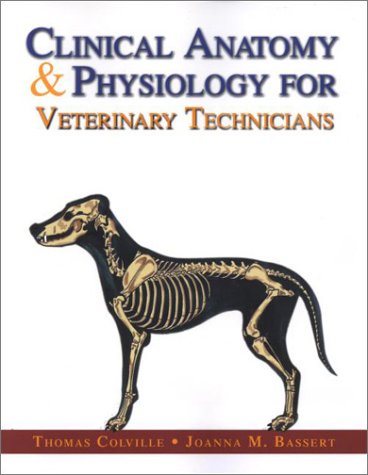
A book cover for Clinical Anatomy & Physiology for Veterinary Technicians, 1e; Thomas P. Colville DVM  MSc; Medical Books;